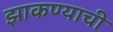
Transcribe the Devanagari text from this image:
झाकण्याची